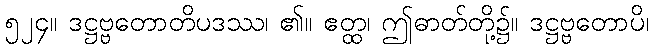
၅၂၄။ ဒဋ္ဌဗ္ဗတောတိပဒဿ၊ ၏။ ဧတ္ထ၊ ဤဓာတ်တို့၌။ ဒဋ္ဌဗ္ဗတောပိ၊